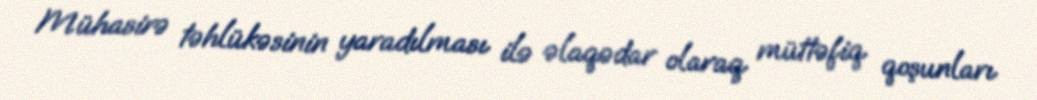
Mühasirə təhlükəsinin yaradılması ilə əlaqədar olaraq müttəfiq qoşunları